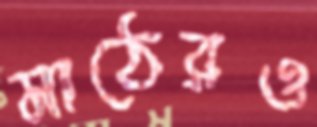
মাঠেরও